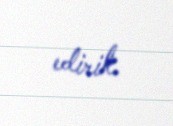
edirik.